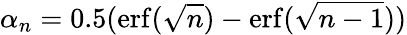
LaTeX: \alpha_{n}=0.5(\mathrm{erf}(\sqrt{n})-\mathrm{erf}(\sqrt{n-1}))